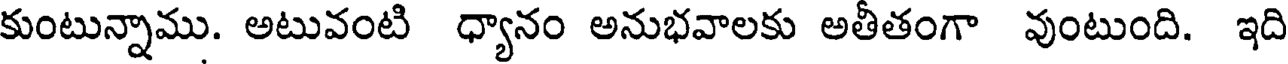
కుంటున్నాము. అటువంటి ధ్యానం అనుభవాలకు అతీతంగా వుంటుంది. ఇది